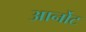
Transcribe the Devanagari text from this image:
आर्नोट